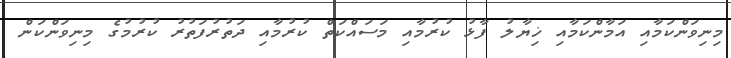
މިނިވަންކަމާއި އަމާންކަމާއި ޚިޔާލު ފާޅު ކުރުމާއި މަސައްކަތް ކުރުމާއި ދަތުރުފަތުރު ކުރުމުގެ މިނިވަންކަން